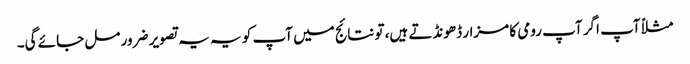
مثلاً آپ اگر آپ رومی کا مزار ڈھونڈتے ہیں، تو نتائج میں آپ کو یہ یہ تصویر ضرور مل جائے گی۔